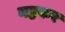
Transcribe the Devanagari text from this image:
नष्टकर